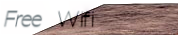
Free Wifi